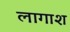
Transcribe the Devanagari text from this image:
लागाश